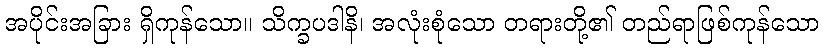
အပိုင်းအခြား ရှိကုန်သော။ သိက္ခပဒါနိ၊ အလုံးစုံသော တရားတို့၏ တည်ရာဖြစ်ကုန်သော